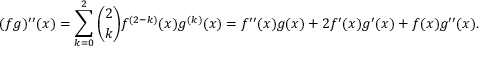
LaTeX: ( f g ) ^ { \prime \prime } ( x ) = \sum _ { k = 0 } ^ { 2 } { { \binom { 2 } { k } } f ^ { ( 2 - k ) } ( x ) g ^ { ( k ) } ( x ) } = f ^ { \prime \prime } ( x ) g ( x ) + 2 f ^ { \prime } ( x ) g ^ { \prime } ( x ) + f ( x ) g ^ { \prime \prime } ( x ) .